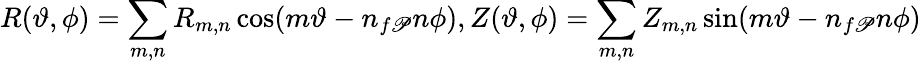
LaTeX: R(\vartheta,\phi)=\sum_{m,n}R_{m,n}\cos(m\vartheta-n_{f\mathscr{P}}n\phi),Z(\vartheta,\phi)=\sum_{m,n}Z_{m,n}\sin(m\vartheta-n_{f\mathscr{P}}n\phi)